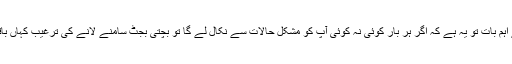
اور سب سے اہم بات تو یہ ہے کہ اگر ہر بار کوئی نہ کوئی آپ کو مشکل حالات سے نکال لے گا تو بچتی بجٹ سامنے لانے کی ترغیب کہاں باقی رہے گی؟